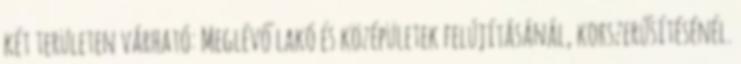
két területen várható: Meglévő lakó és középületek felújításánál, korszerűsítésénél.